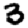
Digit: 3